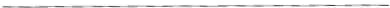
___